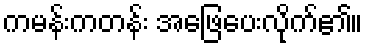
ကမန်းကတန်း အဖြေပေးလိုက်၏။